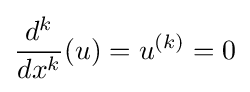
{\frac {d^{k}}{dx^{k}}}(u)=u^{(k)}=0